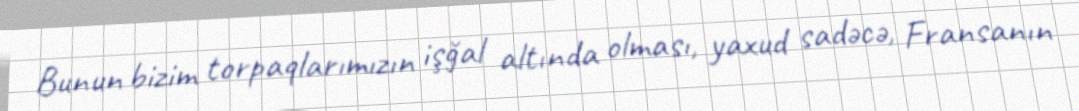
Bunun bizim torpaqlarımızın işğal altında olması, yaxud sadəcə, Fransanın